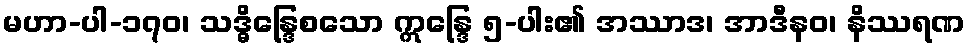
မဟာ-ပါ-၁၇၀၊ သဒ္ဓိန္ဒြေစသော ဣန္ဒြေ ၅-ပါး၏ အဿာဒ၊ အာဒီနဝ၊ နိဿရဏ